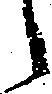
々